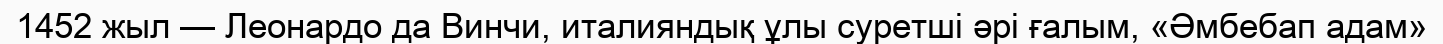
1452 жыл — Леонардо да Винчи, италияндық ұлы суретші әрі ғалым, «Әмбебап адам»